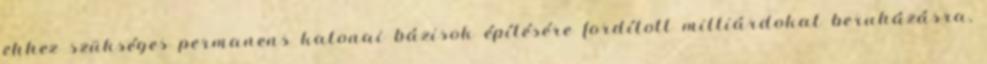
ehhez szükséges permanens katonai bázisok építésére fordított milliárdokat beruházásra,